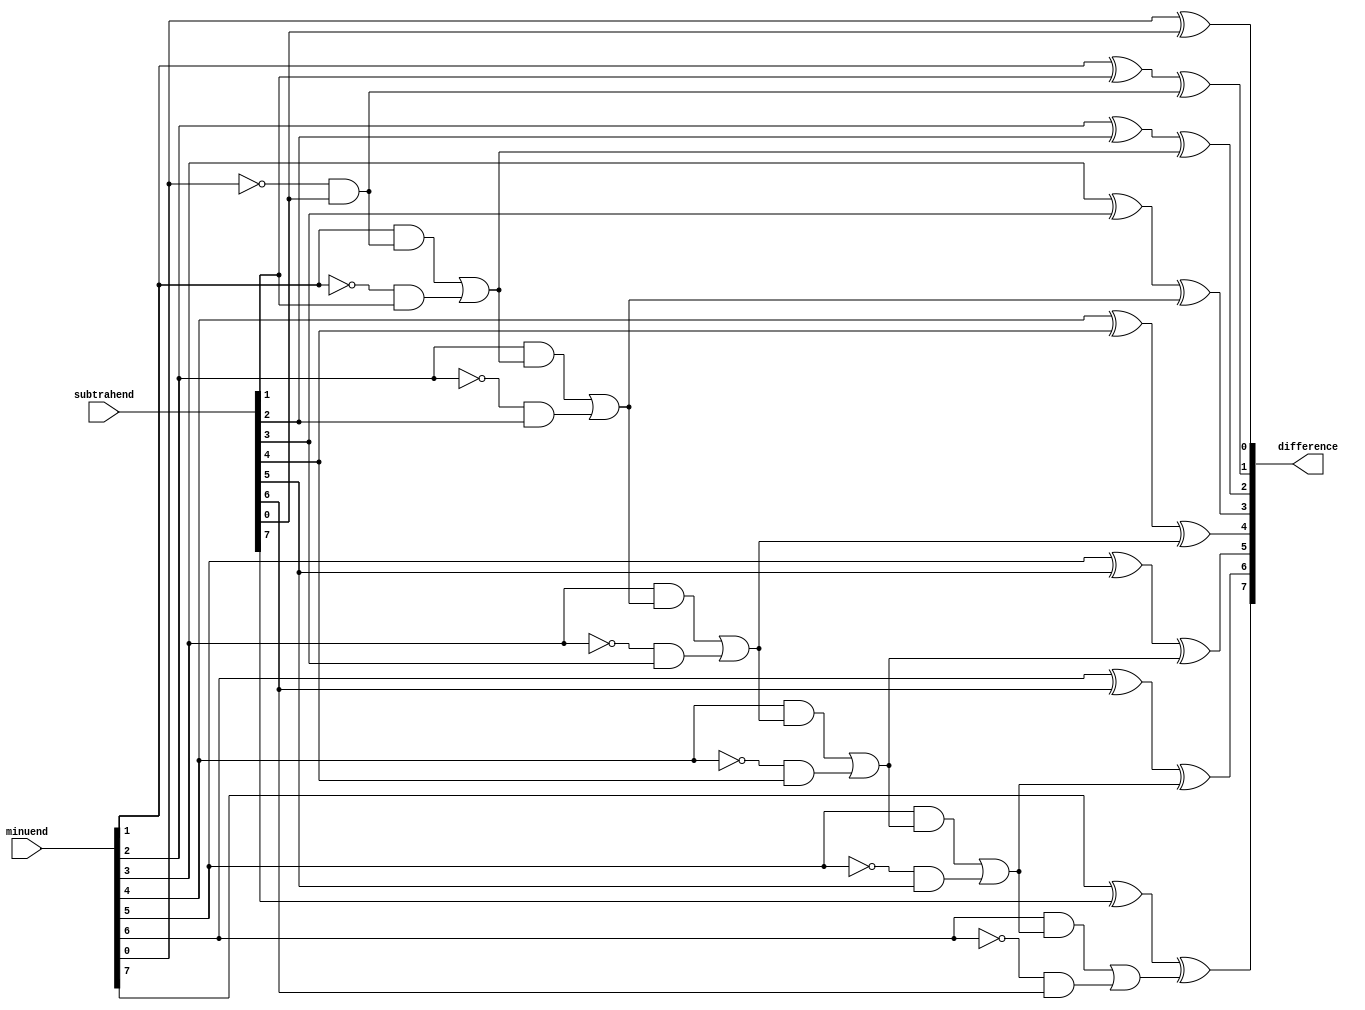
module Subtractor (
    input [7:0] minuend,
    input [7:0] subtrahend,
    output reg [7:0] difference
);

reg [7:0] temp_diff;
reg borrow;
integer i;

always @(*) begin
    borrow = 0;
    for (i = 0; i < 8; i = i + 1) begin
        temp_diff[i] = minuend[i] ^ subtrahend[i] ^ borrow;
        borrow = (minuend[i] & borrow) | (~minuend[i] & subtrahend[i]);
    end
    difference = temp_diff;
end

endmodule